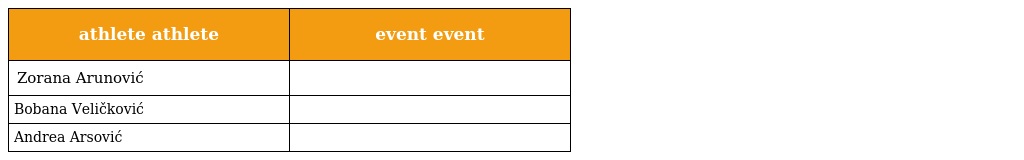
| athlete athlete | event event |
 | --- | --- |
 | Zorana Arunović |  |
 | Bobana Veličković |  |
 | Andrea Arsović |  |